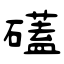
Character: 礚